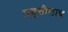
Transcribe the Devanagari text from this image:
प्रवृत्तीलाच